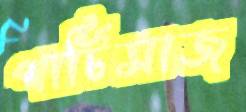
পার্টিসাজ